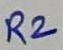
Text: R2